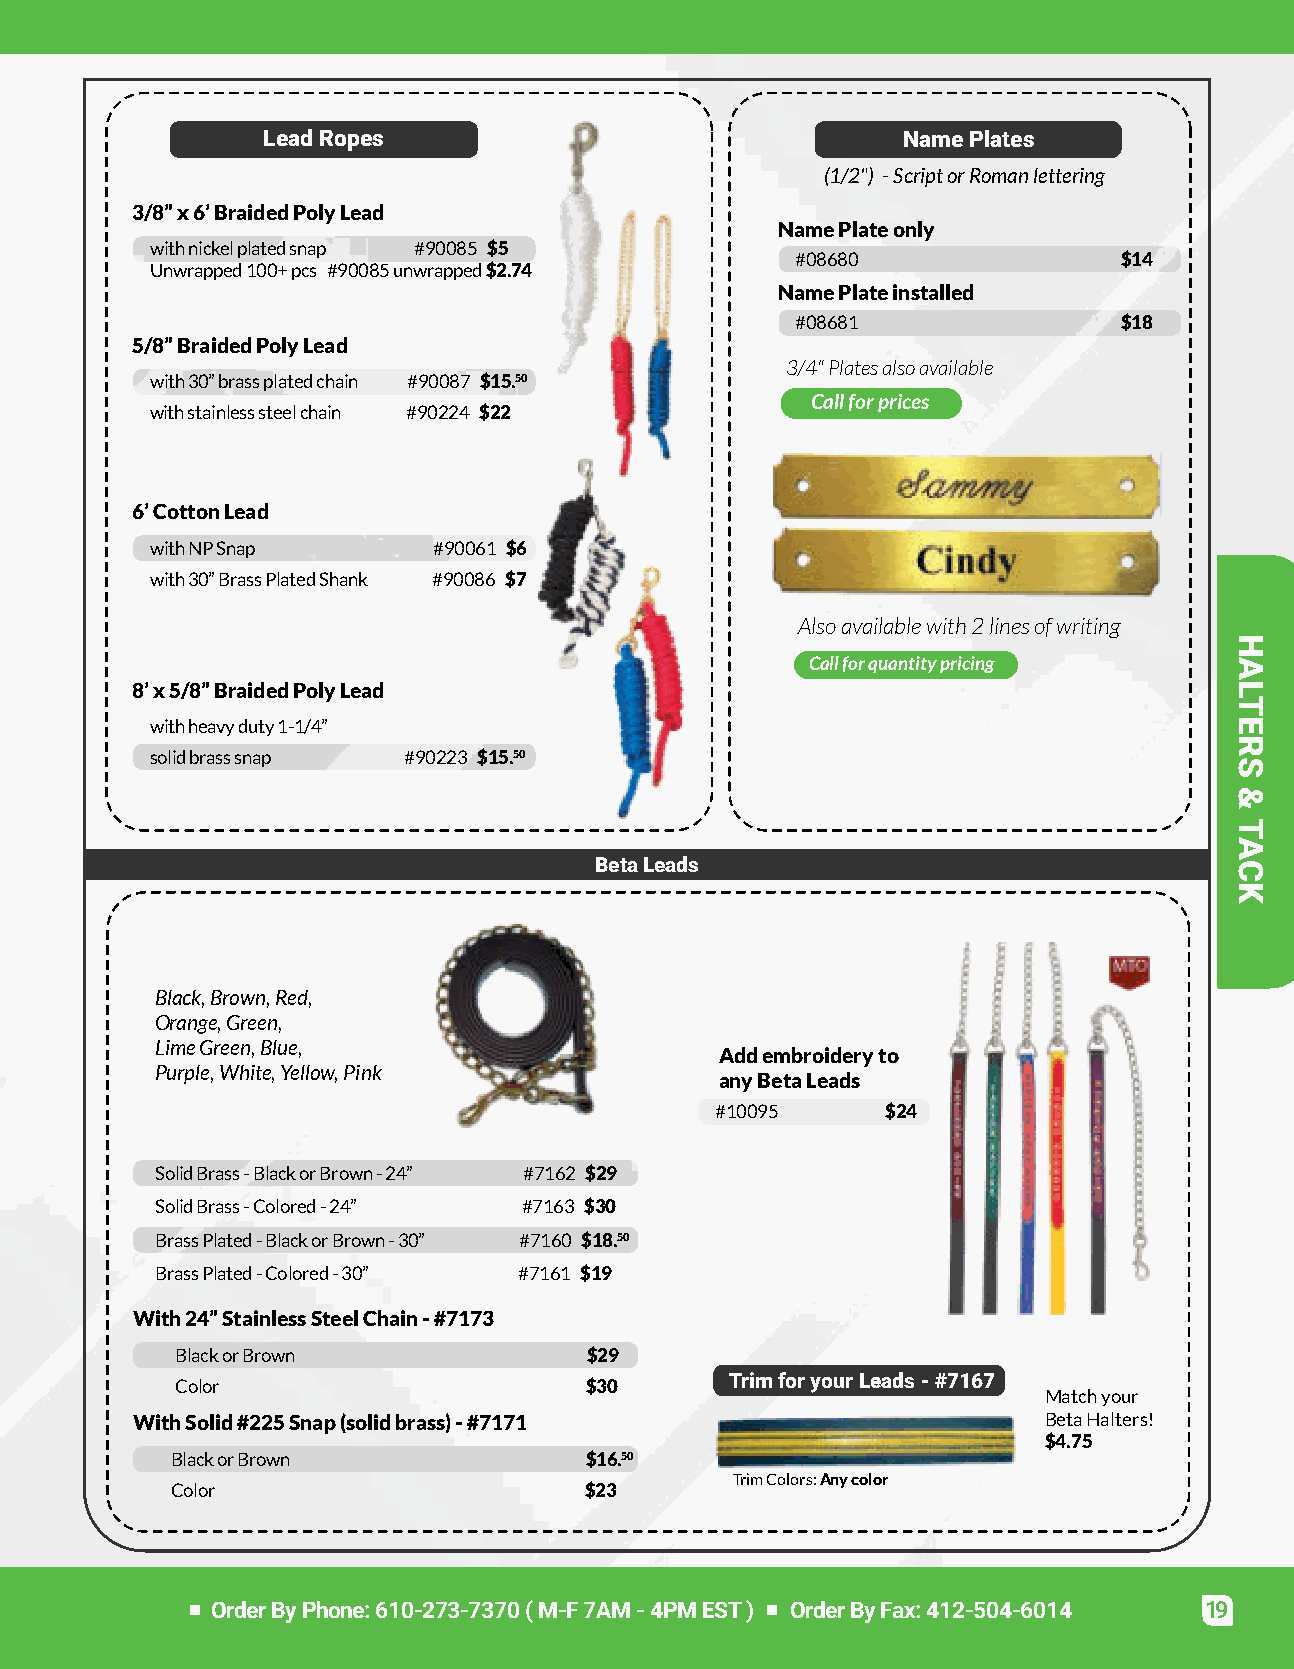
LeadRopes                                  NamePlates
 (1/2") -ScriptorRomanlettering
 3/8”x6’BraidedPolyLead
 NamePlateonly
 withnickelplatedsnap #90085 $5
 #08680               $14
 Unwrapped100+pcs #90085unwrapped$2.74
 NamePlateinstalled
 #08681               $18
 5/8”BraidedPolyLead
 3/4"Platesalsoavailable
 with30”brassplatedchain #90087 $15.50
 Callforprices
 withstainlesssteelchain #90224 $22
 6’CottonLead
 withNPSnap         #90061 $6
 with30”BrassPlatedShank #90086 $7
 Alsoavailablewith2linesofwriting
 Callforquantitypricing
 8’x5/8”BraidedPolyLead
 withheavyduty1-1/4”
 solidbrasssnap   #90223 $15.50
 BetaLeads
 Black,Brown,Red,
 Orange,Green,
 LimeGreen,Blue,
 Addembroideryto
 Purple,White,Yellow,Pink
 anyBetaLeads
 #10095      $24
 SolidBrass-BlackorBrown-24” #7162 $29
 SolidBrass-Colored-24”   #7163 $30
 BrassPlated-BlackorBrown-30” #7160 $18.50
 BrassPlated-Colored-30” #7161 $19
 With24”StainlessSteelChain-#7173
 BlackorBrown               $29
 Color                      $30      TrimforyourLeads-#7167
 Matchyour
 WithSolid#225Snap(solidbrass)-#7171                         BetaHalters!
 $4.75
 BlackorBrown                $16.50
 TrimColors:Anycolor
 Color                       $23
 OrderByPhone:610-273-7370(M-F7AM-4PMEST) OrderByFax:412-504-6014  19
 HALTERS
 &
 TACK